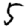
Digit: 5